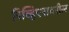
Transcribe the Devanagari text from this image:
रिव्हिएरावरील